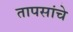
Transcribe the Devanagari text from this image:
तापसांचे